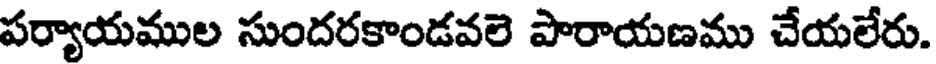
పర్యాయముల సుందరకాండవలె పారాయణము చేయలేరు.